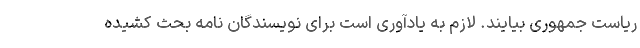
ریاست جمهوری بیایند. لازم به یادآوری است برای نویسندگان نامه بحث کشیده